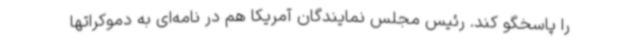
را پاسخگو کند. رئیس مجلس نمایندگان آمریکا هم در نامه‌ای به دموکراتها